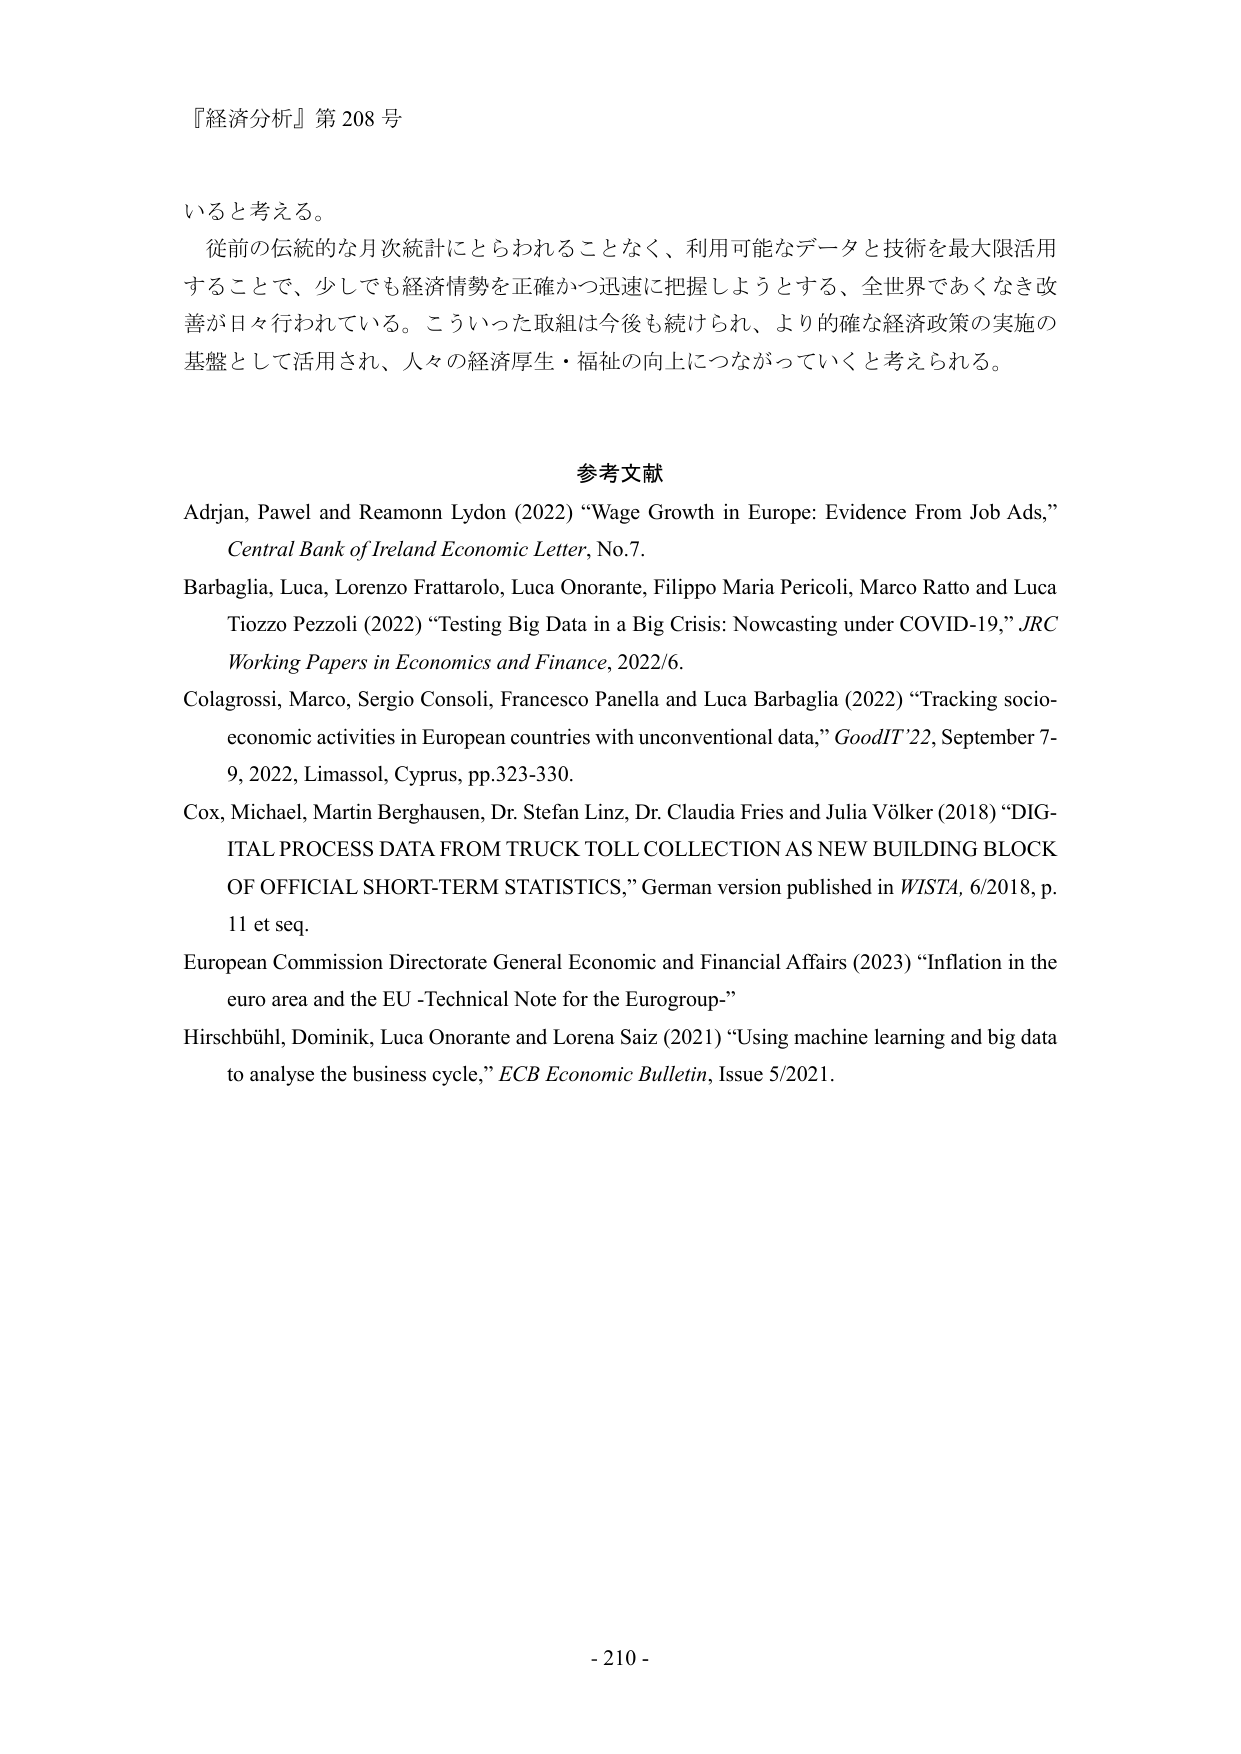
『経済分析』第 208 号

いると考える。
従前の伝統的な月次統計にとらわれることなく、利用可能なデータと技術を最大限活用
することで、少しでも経済情勢を正確かつ迅速に把握しようとする、全世界であくまでも改善が日々行われている。こういった取組は今後も続けられ、より的確な経済政策の実施の
基盤として活用され、人々の経済厚生・福祉の向上につながっていくと考えられる。

参考文献
Adjran, Pawel and Reamonn Lydon (2022) “Wage Growth in Europe: Evidence From Job Ads,”
Central Bank of Ireland Economic Letter, No.7.
Barbaglia, Luca, Lorenzo Frattarolo, Luca Onorante, Filippo Maria Pericoli, Marco Ratto and Luca
Tiozzo Pezzoli (2022) “Testing Big Data in a Big Crisis: Nowcasting under COVID-19,” JRC
Working Papers in Economics and Finance, 2022/6.
Colagrossi, Marco, Sergio Consoli, Francesco Panella and Luca Barbaglia (2022) “Tracking socio-
economic activities in European countries with unconventional data,” GoodIT’22, September 7-
9, 2022, Limassol, Cyprus, pp.323-330.
Cox, Michael, Martin Berghausen, Dr. Stefan Linz, Dr. Claudia Fries and Julia Völker (2018) “DIG-
ITAL PROCESS DATA FROM TRUCK TOLL COLLECTION AS NEW BUILDING BLOCK
OF OFFICIAL SHORT-TERM STATISTICS,” German version published in WISTA, 6/2018, p.
11 et seq.
European Commission Directorate General Economic and Financial Affairs (2023) “Inflation in the
euro area and the EU -Technical Note for the Eurogroup-”
Hirschbühl, Dominik, Luca Onorante and Lorena Saiz (2021) “Using machine learning and big data
to analyse the business cycle,” ECB Economic Bulletin, Issue 5/2021.

- 210 -